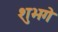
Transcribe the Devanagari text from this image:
शुभगे